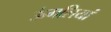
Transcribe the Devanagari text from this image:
ऊंगलियां